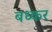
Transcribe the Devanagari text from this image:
बध्कर